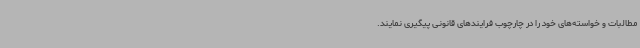
مطالبات و خواسته‌های خود را در چارچوب فرایندهای قانونی پیگیری نمایند.